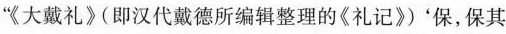
”《大戴礼》(即汉代戴德所编辑整理的《礼记》)'保，保其